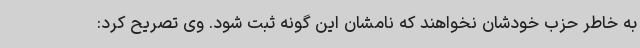
به خاطر حزب خودشان نخواهند که نامشان این گونه ثبت شود. وی تصریح کرد: